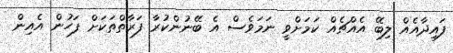
ފައިދާއެއް ލިބޭ އެއްޗެއް ކަމަށްވީ ނަމަވެސް އެ ބޭނުންކުރާ ފަރާތްތަކަށް ފަހުން އެއިން